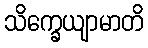
သိက္ခေယျာမာတိ